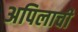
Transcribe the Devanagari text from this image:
अपिलाची